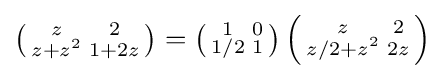
\left({\begin{smallmatrix}z&2\\z+z^{2}&1+2z\end{smallmatrix}}\right)=\left({\begin{smallmatrix}1&0\\1/2&1\end{smallmatrix}}\right)\left({\begin{smallmatrix}z&2\\z/2+z^{2}&2z\end{smallmatrix}}\right)